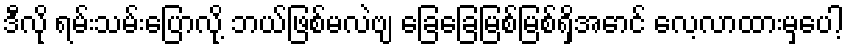
ဒီလို ရမ်းသမ်းပြောလို့ ဘယ်ဖြစ်မလဲဗျ ခြေခြေမြစ်မြစ်ရှိအောင် လေ့လာထားမှပေါ့